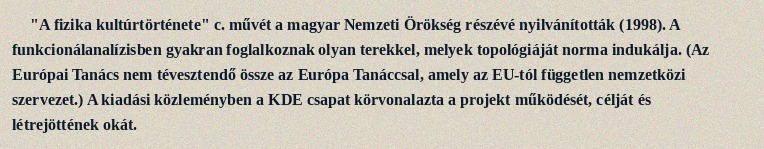
"A fizika kultúrtörténete" c. művét a magyar Nemzeti Örökség részévé nyilvánították (1998). A funkcionálanalízisben gyakran foglalkoznak olyan terekkel, melyek topológiáját norma indukálja. (Az Európai Tanács nem tévesztendő össze az Európa Tanáccsal, amely az EU-tól független nemzetközi szervezet.) A kiadási közleményben a KDE csapat körvonalazta a projekt működését, célját és létrejöttének okát.